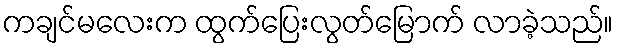
ကချင်မလေးက ထွက်ပြေးလွတ်မြောက် လာခဲ့သည်။